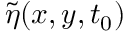
\widetilde { \eta } ( x , y , t _ { 0 } )